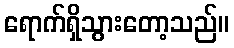
ရောက်ရှိသွားတော့သည်။